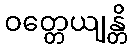
ဝတ္တေယျန္တိ